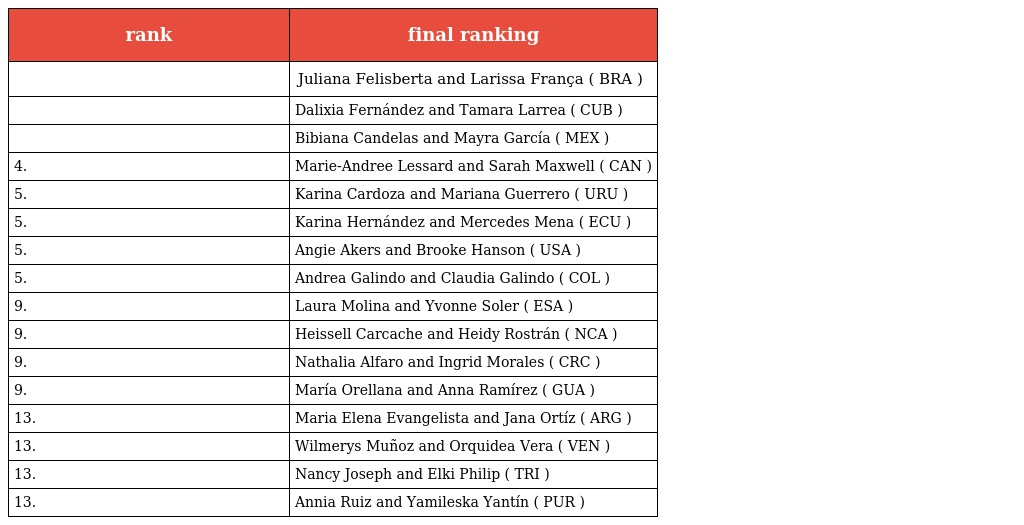
| rank | final ranking |
 | --- | --- |
 |  | Juliana Felisberta and Larissa França ( BRA ) |
 |  | Dalixia Fernández and Tamara Larrea ( CUB ) |
 |  | Bibiana Candelas and Mayra García ( MEX ) |
 | 4. | Marie-Andree Lessard and Sarah Maxwell ( CAN ) |
 | 5. | Karina Cardoza and Mariana Guerrero ( URU ) |
 | 5. | Karina Hernández and Mercedes Mena ( ECU ) |
 | 5. | Angie Akers and Brooke Hanson ( USA ) |
 | 5. | Andrea Galindo and Claudia Galindo ( COL ) |
 | 9. | Laura Molina and Yvonne Soler ( ESA ) |
 | 9. | Heissell Carcache and Heidy Rostrán ( NCA ) |
 | 9. | Nathalia Alfaro and Ingrid Morales ( CRC ) |
 | 9. | María Orellana and Anna Ramírez ( GUA ) |
 | 13. | Maria Elena Evangelista and Jana Ortíz ( ARG ) |
 | 13. | Wilmerys Muñoz and Orquidea Vera ( VEN ) |
 | 13. | Nancy Joseph and Elki Philip ( TRI ) |
 | 13. | Annia Ruiz and Yamileska Yantín ( PUR ) |